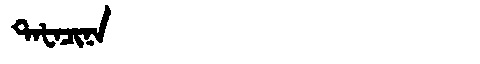
Manchu: ᡨᠠᡶᠠᠴᡳᠨᠠ
Romanization: TAFACINA